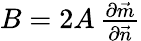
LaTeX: \begin{array}{r}{B=2A\, \frac{\partial\vec{m}}{\partial\vec{n}}}\end{array}